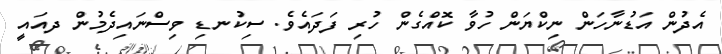
އެދުން އަޑުނާހަން ނިކްޔަން ހުވާ ކޮއްގެން ހުރި ފަދައެވެ. ސިކުނޑި ވިސްނައިދެމުން ދއައީ